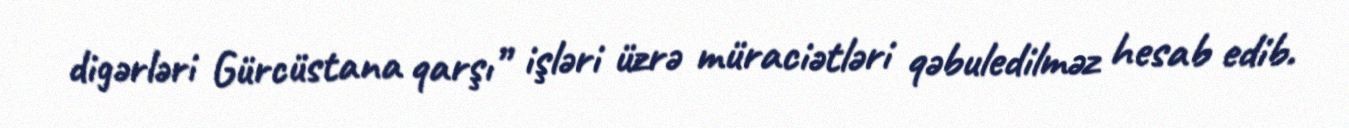
digərləri Gürcüstana qarşı” işləri üzrə müraciətləri qəbuledilməz hesab edib.